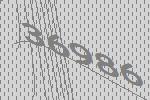
36986